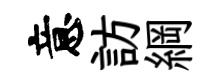
意訪綱